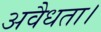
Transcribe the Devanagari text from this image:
अवैधता।